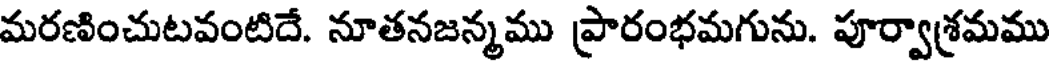
మరణించుటవంటిదే. నూతనజన్మము ప్రారంభమగును. పూర్వాశ్రమము